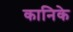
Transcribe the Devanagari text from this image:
कानिके